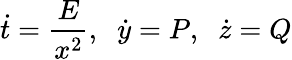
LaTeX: {\dot{t}}={\frac{E}{x^{2}}},\; \; {\dot{y}}=P,\; \; {\dot{z}}=Q